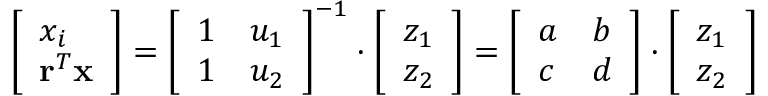
\left[ \begin{array} { l } { x _ { i } } \\ { \mathbf { r } ^ { T } \mathbf { x } } \end{array} \right] = \left[ \begin{array} { l l } { 1 } & { u _ { 1 } } \\ { 1 } & { u _ { 2 } } \end{array} \right] ^ { - 1 } \cdot \left[ \begin{array} { l } { z _ { 1 } } \\ { z _ { 2 } } \end{array} \right] = \left[ \begin{array} { l l } { a } & { b } \\ { c } & { d } \end{array} \right] \cdot \left[ \begin{array} { l } { z _ { 1 } } \\ { z _ { 2 } } \end{array} \right]